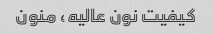
کیفیت نون عالیه، منون